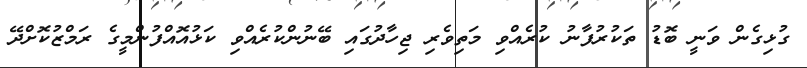
ގުޅިގެން ވަނީ ބޮޑު ތަކުރުފާނު ކުރެއްވި މަތިވެރި ޖިހާދުގައި ބޭނުންކުރެއްވި ކަޅުއޮއްފުންމީގެ ރަމްޒުކޮށްދޭ